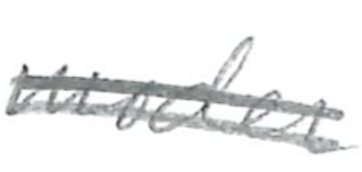
Text: modern
Cross-out: double-line
Writing tool: pencil